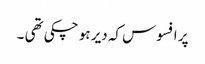
پر افسوس کہ دیر ہو چکی تھی ۔